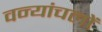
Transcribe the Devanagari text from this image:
वन्यांचलों